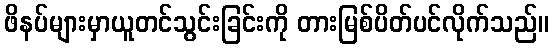
ဖိနပ်များမှာယူတင်သွင်းခြင်းကို တားမြစ်ပိတ်ပင်လိုက်သည်။